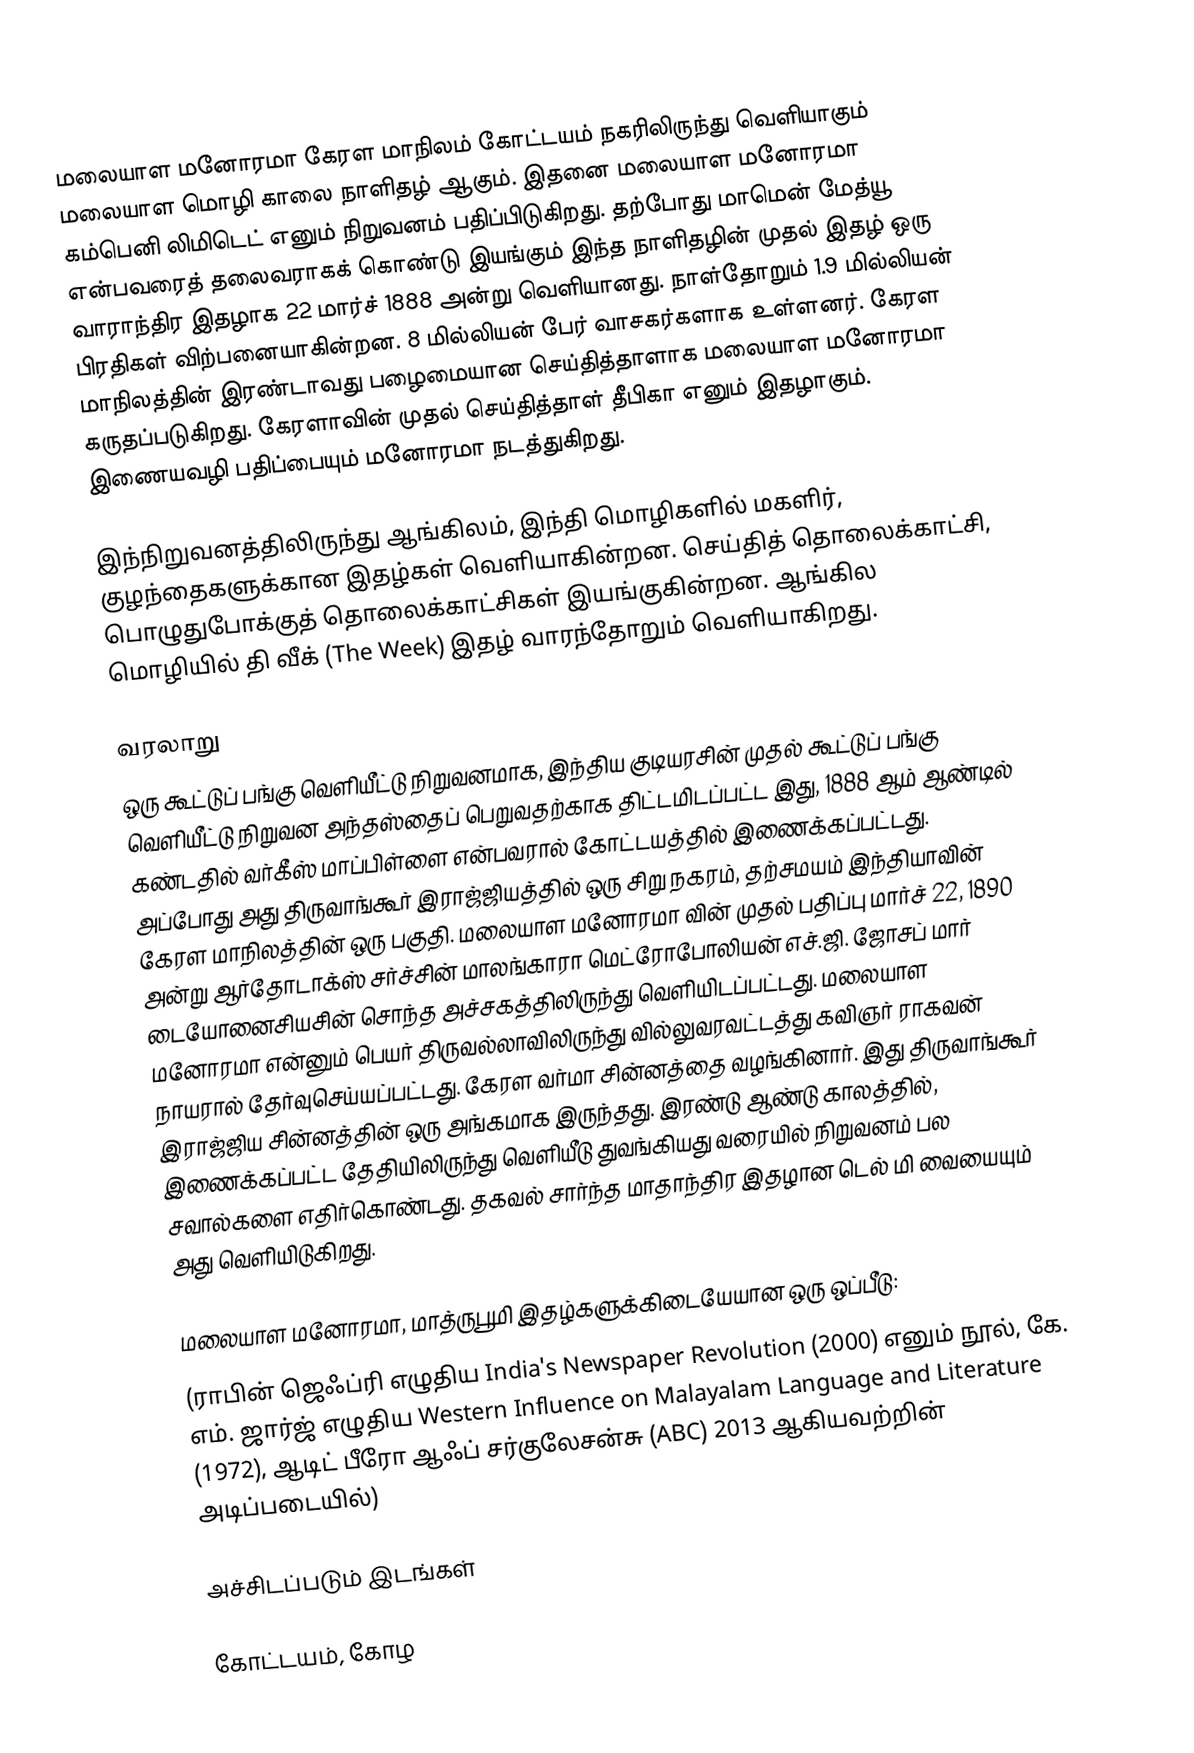
மலையாள மனோரமா கேரள மாநிலம் கோட்டயம் நகரிலிருந்து வெளியாகும் மலையாள மொழி காலை நாளிதழ் ஆகும். இதனை மலையாள மனோரமா கம்பெனி லிமிடெட் எனும் நிறுவனம் பதிப்பிடுகிறது. தற்போது மாமென் மேத்யூ என்பவரைத் தலைவராகக் கொண்டு இயங்கும் இந்த நாளிதழின் முதல் இதழ் ஒரு வாராந்திர இதழாக 22 மார்ச் 1888 அன்று வெளியானது. நாள்தோறும் 1.9 மில்லியன் பிரதிகள் விற்பனையாகின்றன. 8 மில்லியன் பேர் வாசகர்களாக உள்ளனர். கேரள மாநிலத்தின் இரண்டாவது பழைமையான செய்தித்தாளாக மலையாள மனோரமா கருதப்படுகிறது. கேரளாவின் முதல் செய்தித்தாள் தீபிகா எனும் இதழாகும். இணையவழி பதிப்பையும் மனோரமா நடத்துகிறது.

இந்நிறுவனத்திலிருந்து ஆங்கிலம், இந்தி மொழிகளில் மகளிர், குழந்தைகளுக்கான இதழ்கள் வெளியாகின்றன. செய்தித் தொலைக்காட்சி, பொழுதுபோக்குத் தொலைக்காட்சிகள் இயங்குகின்றன. ஆங்கில மொழியில் தி வீக் (The Week) இதழ் வாரந்தோறும் வெளியாகிறது.

வரலாறு
ஒரு கூட்டுப் பங்கு வெளியீட்டு நிறுவனமாக, இந்திய குடியரசின் முதல் கூட்டுப் பங்கு வெளியீட்டு நிறுவன அந்தஸ்தைப் பெறுவதற்காக திட்டமிடப்பட்ட இது, 1888 ஆம் ஆண்டில் கண்டதில் வர்கீஸ் மாப்பிள்ளை என்பவரால் கோட்டயத்தில் இணைக்கப்பட்டது. அப்போது அது திருவாங்கூர் இராஜ்ஜியத்தில் ஒரு சிறு நகரம், தற்சமயம் இந்தியாவின் கேரள மாநிலத்தின் ஒரு பகுதி. மலையாள மனோரமா வின் முதல் பதிப்பு மார்ச் 22, 1890 அன்று ஆர்தோடாக்ஸ் சர்ச்சின் மாலங்காரா மெட்ரோபோலியன் எச்.ஜி. ஜோசப் மார் டையோனைசியசின் சொந்த அச்சகத்திலிருந்து வெளியிடப்பட்டது. மலையாள மனோரமா  என்னும் பெயர் திருவல்லாவிலிருந்து வில்லுவரவட்டத்து கவிஞர் ராகவன் நாயரால் தேர்வுசெய்யப்பட்டது. கேரள வர்மா சின்னத்தை வழங்கினார். இது திருவாங்கூர் இராஜ்ஜிய சின்னத்தின் ஒரு அங்கமாக இருந்தது. இரண்டு ஆண்டு காலத்தில், இணைக்கப்பட்ட தேதியிலிருந்து வெளியீடு துவங்கியது வரையில் நிறுவனம் பல சவால்களை எதிர்கொண்டது. தகவல் சார்ந்த மாதாந்திர இதழான டெல் மி வையையும் அது வெளியிடுகிறது.

மலையாள மனோரமா, மாத்ருபூமி இதழ்களுக்கிடையேயான ஒரு ஒப்பீடு:
(ராபின் ஜெஃப்ரி எழுதிய India's Newspaper Revolution (2000) எனும் நூல், கே. எம். ஜார்ஜ் எழுதிய Western Influence on Malayalam Language and Literature (1972),  ஆடிட் பீரோ ஆஃப் சர்குலேசன்சு (ABC) 2013 ஆகியவற்றின் அடிப்படையில்)

அச்சிடப்படும் இடங்கள்

 கோட்டயம், கோழ